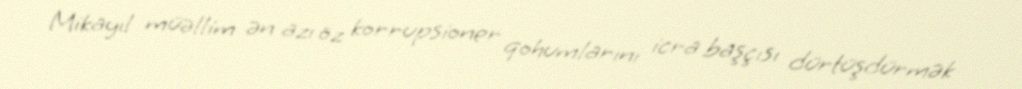
Mikayıl müəllim ən azı öz korrupsioner qohumlarını icra başçısı dürtüşdürmək